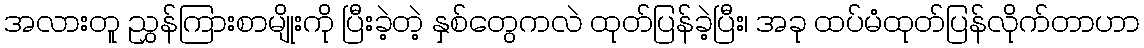
အလားတူ ညွှန်ကြားစာမျိုးကို ပြီးခဲ့တဲ့ နှစ်တွေကလဲ ထုတ်ပြန်ခဲ့ပြီး၊ အခု ထပ်မံထုတ်ပြန်လိုက်တာဟာ